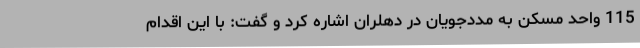
115 واحد مسکن به مددجویان در دهلران اشاره کرد و گفت: با این اقدام